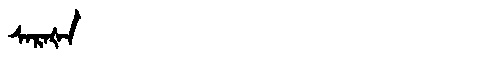
Manchu: ᠰᠠᡵᠠᡧᠠ
Romanization: SARAŠA